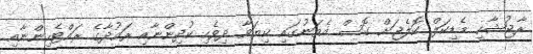
ރާޖުޝާހީ މެޑިކަލް ކޮލެޖަށް ގޮސް އެތަނުގައި ކިޔަވާ ދިވެހި ކުދިންނާއި ރައުދާގެ ރައްޓެހިންނާއި